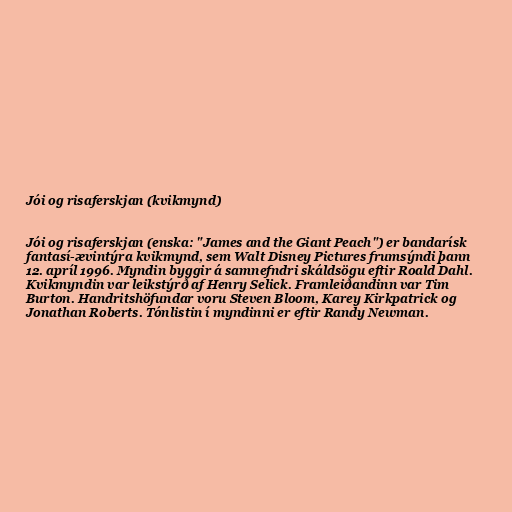
Jói og risaferskjan (kvikmynd)

Jói og risaferskjan (enska: "James and the Giant Peach") er bandarísk
fantasí-ævintýra kvikmynd, sem Walt Disney Pictures frumsýndi þann
12. apríl 1996. Myndin byggir á samnefndri skáldsögu eftir Roald Dahl.
Kvikmyndin var leikstýrð af Henry Selick. Framleiðandinn var Tim
Burton. Handritshöfundar voru Steven Bloom, Karey Kirkpatrick og
Jonathan Roberts. Tónlistin í myndinni er eftir Randy Newman.